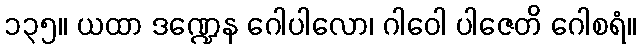
၁၃၅။ ယထာ ဒဏ္ဍေန ဂေါပါလော၊ ဂါဝေါ ပါဇေတိ ဂေါစရံ။